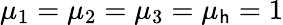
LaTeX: \mu_{1}=\mu_{2}=\mu_{3}=\mu_{\mathsf{h}}=1